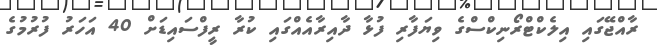
ރާއްޖޭގައި އިލެކްޓްރޯނިކްސްގެ ވިޔަފާރި ފުޅާ ދާއިރާއެއްގައި ކުރާ ރީފްސައިޑަށް 40 އަހަރު ފުރުމުގެ